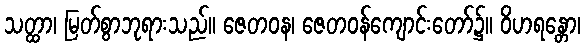
သတ္ထာ၊ မြတ်စွာဘုရားသည်။ ဇေတဝန၊ ဇေတဝန်ကျောင်းတော်၌။ ဝိဟရန္တော၊